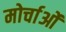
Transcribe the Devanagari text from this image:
मोर्चाओं